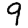
Digit: 9